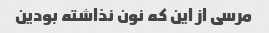
مرسی از این که نون نذاشته بودین